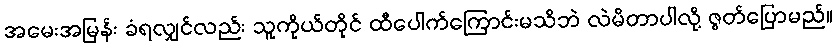
အမေးအမြန်း ခံရလျှင်လည်း သူကိုယ်တိုင် ထီပေါက်ကြောင်းမသိဘဲ လဲမိတာပါလို့ ဇွတ်ပြောမည်။